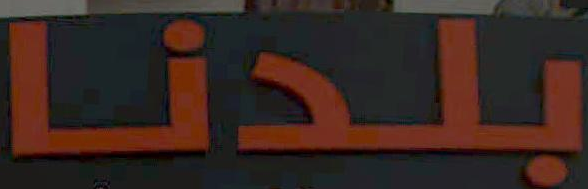
بلدنا